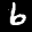
Label: 6